Indian Medical Review
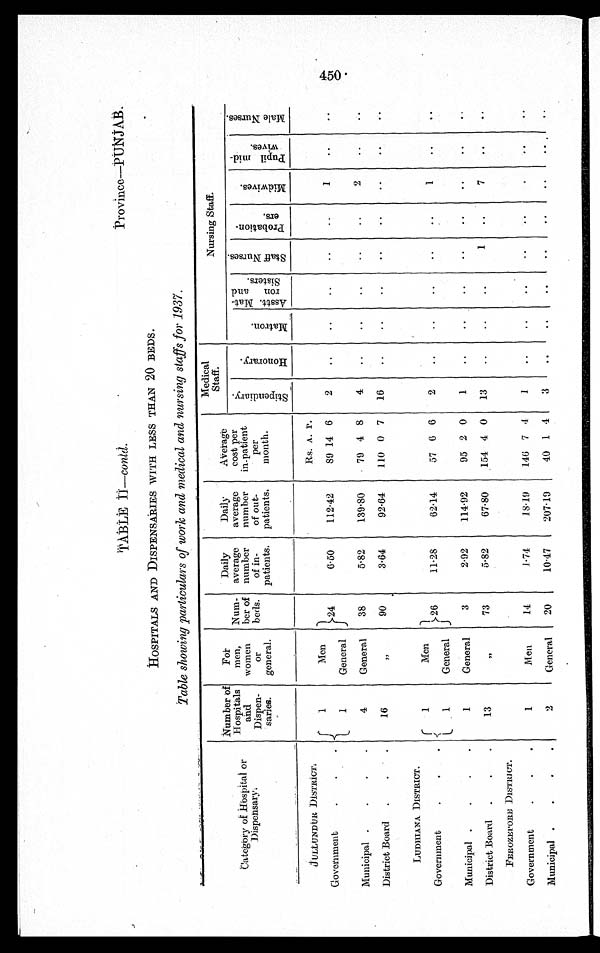
TABLE II—contd.
Province—PUNJAB.
HOSPITALS AND DISPENSARIES WITH LESS THAN 20 BEDS.
Table showing particulars of work and medical and nursing staffs for 1937.
C a t e g o r y o f H o s p i t a l o r
D i s p e n s a r y .
Number of
Hospitals
and
Dispen-
saries.
For
men,
women
or
general.
Num-
ber of
beds.
Daily
average
number
of in-
patients.
Daily
average
number
of out-
patients.
Average
cost per
in-patient
per
month.
Medical
Staff.
Nursing Staff.
S t i p e n d i a r y .
H o n o r a r y .
Matron.
A s s t t . M a t -
r o n a n d
S i s t e r s .
S t a f f N u r s e s .
P r o b a t i o n -
e r s .
M i d w i v e s .
P u p i l mi d -
wi ve s .
M a l e N u r s e s .
JULLUNDUR DISTRICT.
1
Men
24
6.50
112.42
Rs. A. P .
2
..
..
..
..
..
1
..
..
Government
.
.
.
89 14 6
1
General
Municipal .
.
.
.
4
General
38
5.82
139.80
79 4 8
4
..
..
..
..
..
2
..
..
District Board
.
.
.
1 6
„ 90
3.64
92.64
110 0 7
16
..
..
..
..
..
. .
. .
..
LUDHIANA DISTRICT.
1
Men
26
11.28
62.14
57 6 6
2
..
..
..
..
. .
1
. .
. .
Government
.
.
.
1
General
Municipal .
.
.
.
1
General
3
2.92
114.92
95 2 0
1
..
..
..
..
..
..
. .
..
District Board
.
.
.
1
„ 73
5.82
67.80
154 4 0
13
..
. .
. .
1
..
7
. .
. .
FEROZE PORE DISTRICT.
1
Men
14
1.74
18.19
146 7 4
1
..
..
..
..
..
. .
. .
..
Government
.
.
.
Municipal .
.
.
.
2
General
20
10.17
207.19
40 1 4
3
..
..
..
..
. .
. .
. .
. .
450.